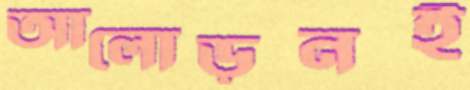
আলোড়নই